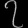
Digit: ၇